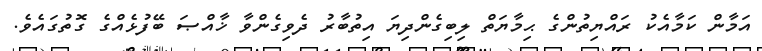
އަމާން ކަމާއެކު ރައްޔިތުންގެ ޙިމާޔަތް ލިބިގެންދިޔަ އިތުބާރު ދެވިގެންވާ ޚާއްޞަ ބޭފުޅެއްގެ ގޮތުގައެވެ.